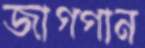
জাগগান